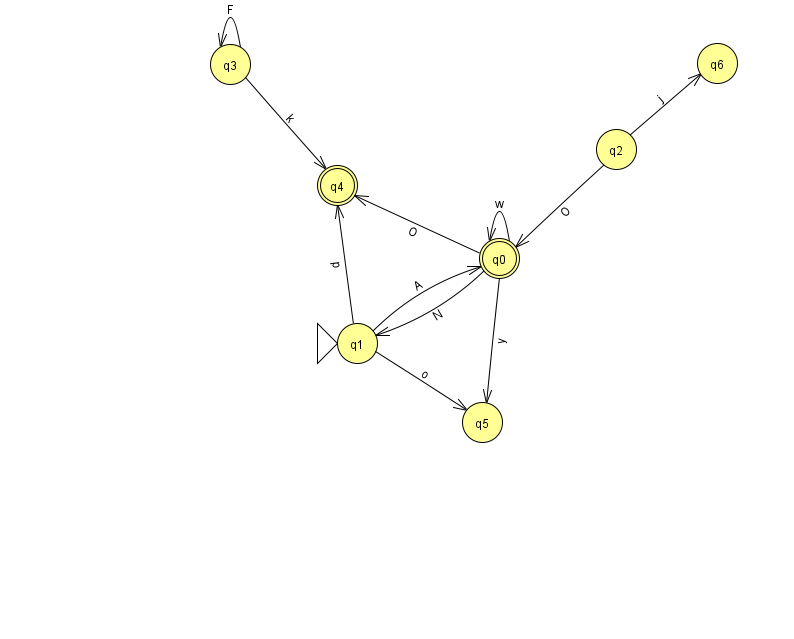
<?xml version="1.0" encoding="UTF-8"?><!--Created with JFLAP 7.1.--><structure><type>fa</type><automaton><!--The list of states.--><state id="0" name="q0"><x>499.0</x><y>245.0</y><final/></state><state id="1" name="q1"><x>357.0</x><y>330.0</y><initial/></state><state id="2" name="q2"><x>616.0</x><y>136.0</y></state><state id="3" name="q3"><x>230.0</x><y>51.0</y></state><state id="4" name="q4"><x>337.0</x><y>172.0</y><final/></state><state id="5" name="q5"><x>482.0</x><y>409.0</y></state><state id="6" name="q6"><x>717.0</x><y>50.0</y></state><!--The list of transitions.--><transition><from>1</from><to>0</to><read>A</read></transition><transition><from>0</from><to>4</to><read>O</read></transition><transition><from>3</from><to>3</to><read>F</read></transition><transition><from>3</from><to>4</to><read>k</read></transition><transition><from>0</from><to>0</to><read>w</read></transition><transition><from>2</from><to>6</to><read>j</read></transition><transition><from>0</from><to>5</to><read>y</read></transition><transition><from>1</from><to>4</to><read>p</read></transition><transition><from>0</from><to>1</to><read>N</read></transition><transition><from>2</from><to>0</to><read>O</read></transition><transition><from>1</from><to>5</to><read>o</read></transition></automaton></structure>